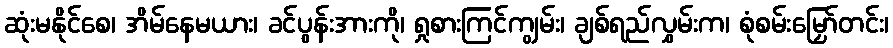
ဆုံးမနိုင်စေ၊ အိမ်နေမယား၊ ခင်ပွန်းအားကို၊ ရှုစားကြင်ကျွမ်း၊ ချစ်ရည်လွှမ်းက၊ စုံစမ်းမြှော်တင်း၊